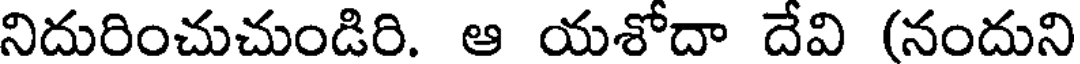
నిదురించుచుండిరి. ఆ యశోదా దేవి (నందుని